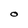
Character: O